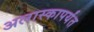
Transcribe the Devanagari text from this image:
अलास्कापर्यंत